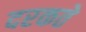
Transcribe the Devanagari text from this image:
दरकते